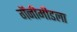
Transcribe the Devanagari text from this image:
गॅनीमीडला